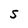
Character: S